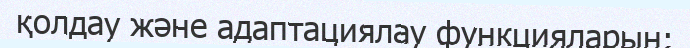
қолдау және адаптациялау функцияларын;